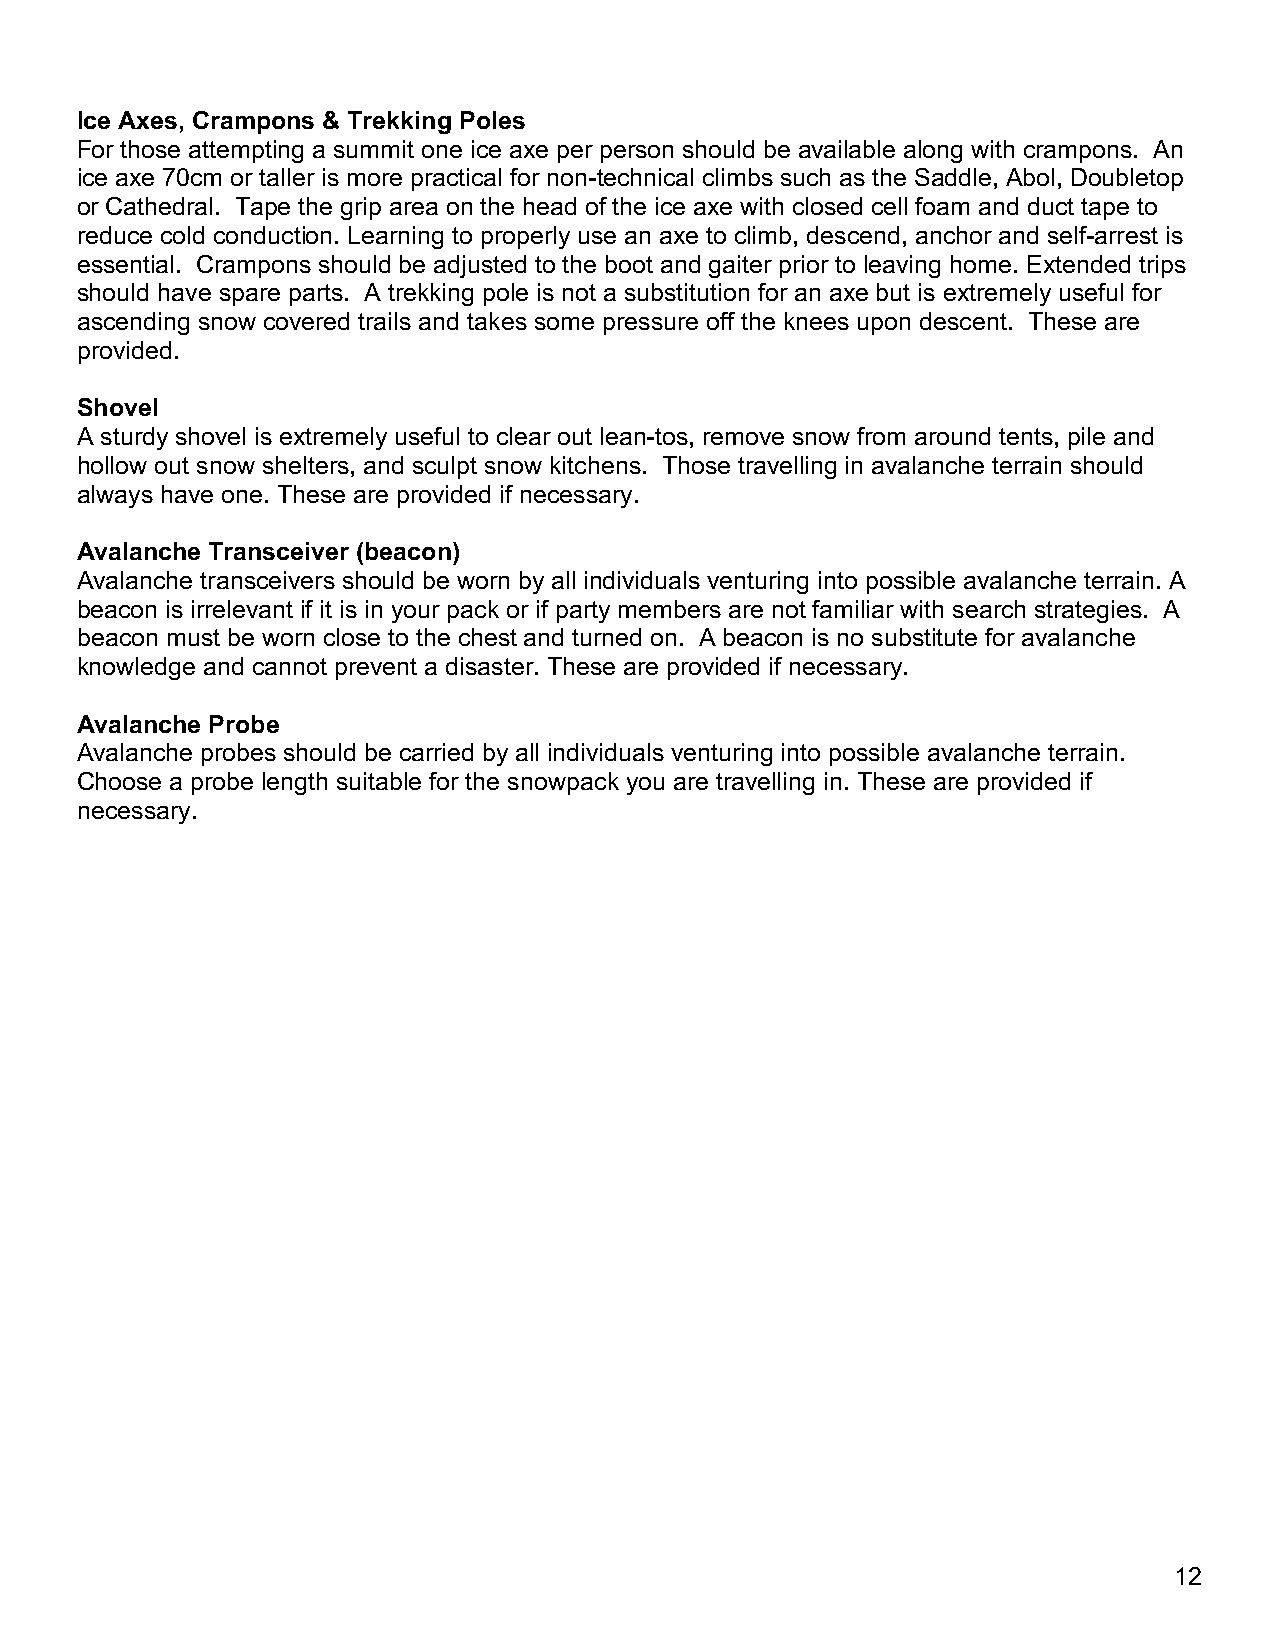
Ice Axes, Crampons & Trekking Poles
 For those attempting a summit one ice axe per person should be available along with crampons. An
 ice axe 70cm or taller is more practical for non-technical climbs such as the Saddle, Abol, Doubletop
 or Cathedral. Tape the grip area on the head of the ice axe with closed cell foam and duct tape to
 reduce cold conduction. Learning to properly use an axe to climb, descend, anchor and self-arrest is
 essential. Crampons should be adjusted to the boot and gaiter prior to leaving home. Extended trips
 should have spare parts. A trekking pole is not a substitution for an axe but is extremely useful for
 ascending snow covered trails and takes some pressure off the knees upon descent. These are
 provided.
 Shovel
 A sturdy shovel is extremely useful to clear out lean-tos, remove snow from around tents, pile and
 hollow out snow shelters, and sculpt snow kitchens. Those travelling in avalanche terrain should
 always have one. These are provided if necessary.
 Avalanche Transceiver (beacon)
 Avalanche transceivers should be worn by all individuals venturing into possible avalanche terrain. A
 beacon is irrelevant if it is in your pack or if party members are not familiar with search strategies. A
 beacon must be worn close to the chest and turned on. A beacon is no substitute for avalanche
 knowledge and cannot prevent a disaster. These are provided if necessary.
 Avalanche Probe
 Avalanche probes should be carried by all individuals venturing into possible avalanche terrain.
 Choose a probe length suitable for the snowpack you are travelling in. These are provided if
 necessary.
 12